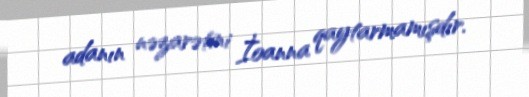
adanın nəzarətini İoanna qaytarmamışdır.